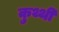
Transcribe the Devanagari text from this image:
कुथ्थी